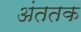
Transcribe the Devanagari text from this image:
अंततक